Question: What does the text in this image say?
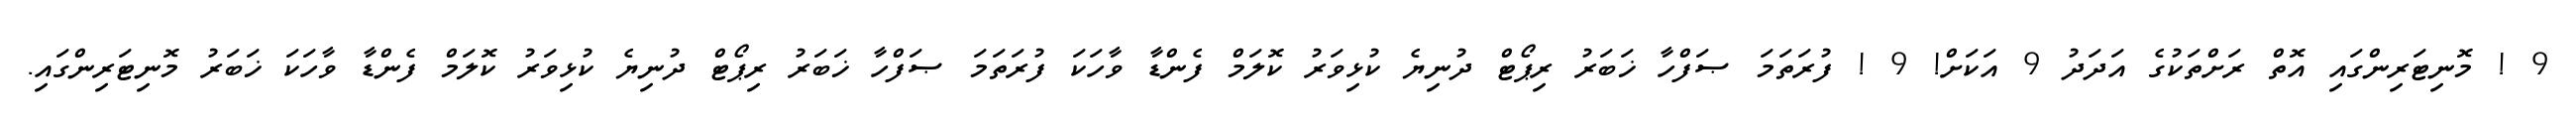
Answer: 9 ! މޮނިޓަރިންގައި އޮތް ރަށްތަކުގެ އަދަދު 9 އަކަށް! 9 ! ފުރަތަމަ ޞަފްހާ ޚަބަރު ރިޕޯޓް ދުނިޔެ ކުޅިވަރު ކޮލަމް ފެންޑާ ވާހަކަ ފުރަތަމަ ޞަފްހާ ޚަބަރު ރިޕޯޓް ދުނިޔެ ކުޅިވަރު ކޮލަމް ފެންޑާ ވާހަކަ ޚަބަރު މޮނިޓަރިންގައި.